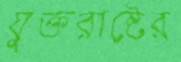
যুক্তরাষ্টের